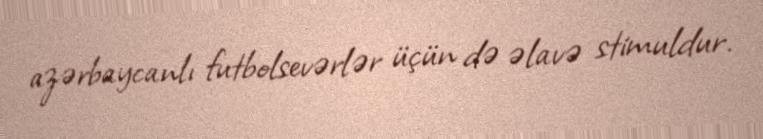
azərbaycanlı futbolsevərlər üçün də əlavə stimuldur.